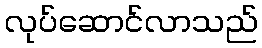
လုပ်ဆောင်လာသည်